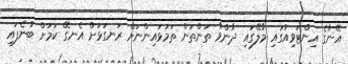
އޭނާގެ އިންޓަވިއުގައި މާލޭގައި ދާންވާ ތަންތަން ތަމަޅައިންނަށް ރަނގަޅަށް އެނގޭ ކަމަށް ބުނެފައި